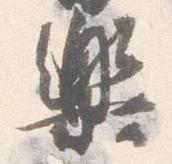
楽